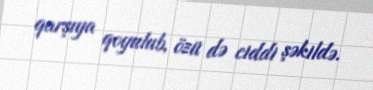
qarşıya qoyulub, özü də ciddi şəkildə.